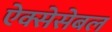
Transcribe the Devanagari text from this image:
ऐक्सेसेबल